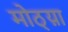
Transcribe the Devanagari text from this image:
मोठ्य़ा